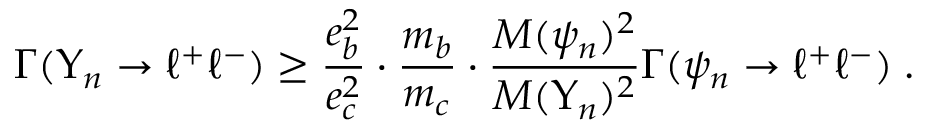
\Gamma ( \Upsilon _ { n } \rightarrow \ell ^ { + } \ell ^ { - } ) \ge \frac { e _ { b } ^ { 2 } } { e _ { c } ^ { 2 } } \cdot \frac { m _ { b } } { m _ { c } } \cdot \frac { M ( \psi _ { n } ) ^ { 2 } } { M ( \Upsilon _ { n } ) ^ { 2 } } \Gamma ( \psi _ { n } \rightarrow \ell ^ { + } \ell ^ { - } ) \; .